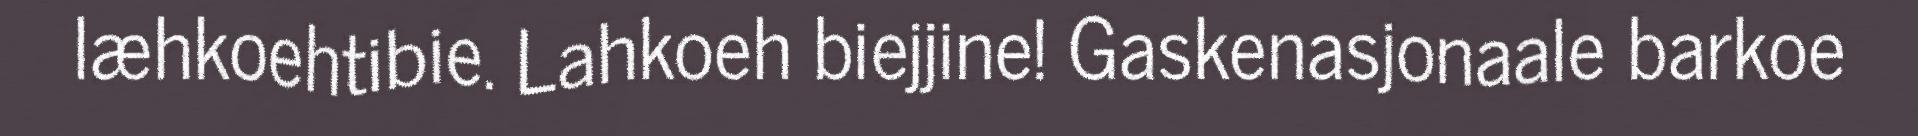
læhkoehtibie. Lahkoeh biejjine! Gaskenasjonaale barkoe